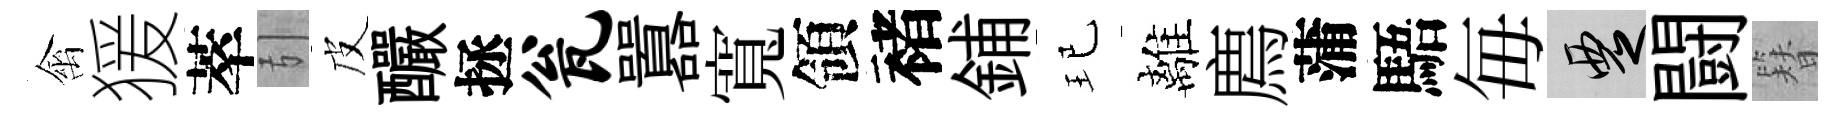
禽猨萃引皮釅拯瓮囂寬領褚鋪玘離廌蒲䮏毎覂闘簪